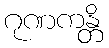
ဂုဏကန္တိ